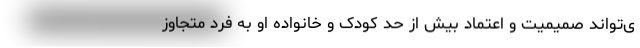
ی‌تواند صمیمیت و اعتماد بیش از حد کودک و خانواده او به فرد متجاوز